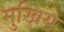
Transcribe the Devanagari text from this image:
मुखिय